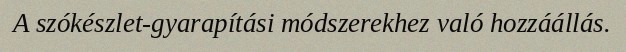
A szókészlet-gyarapítási módszerekhez való hozzáállás.